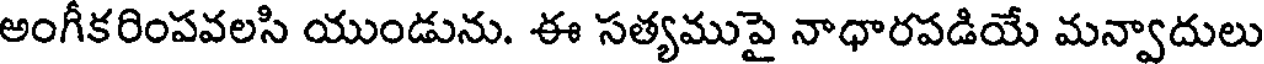
అంగీకరింపవలసి యుండును. ఈ సత్యముపై నాధారపడియే మన్వాదులు